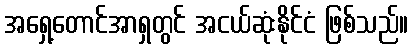
အရှေ့တောင်အာရှတွင် အငယ်ဆုံးနိုင်ငံ ဖြစ်သည်။